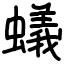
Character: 蟻